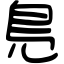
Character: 𠒎